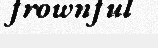
frownful